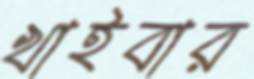
খাইবার